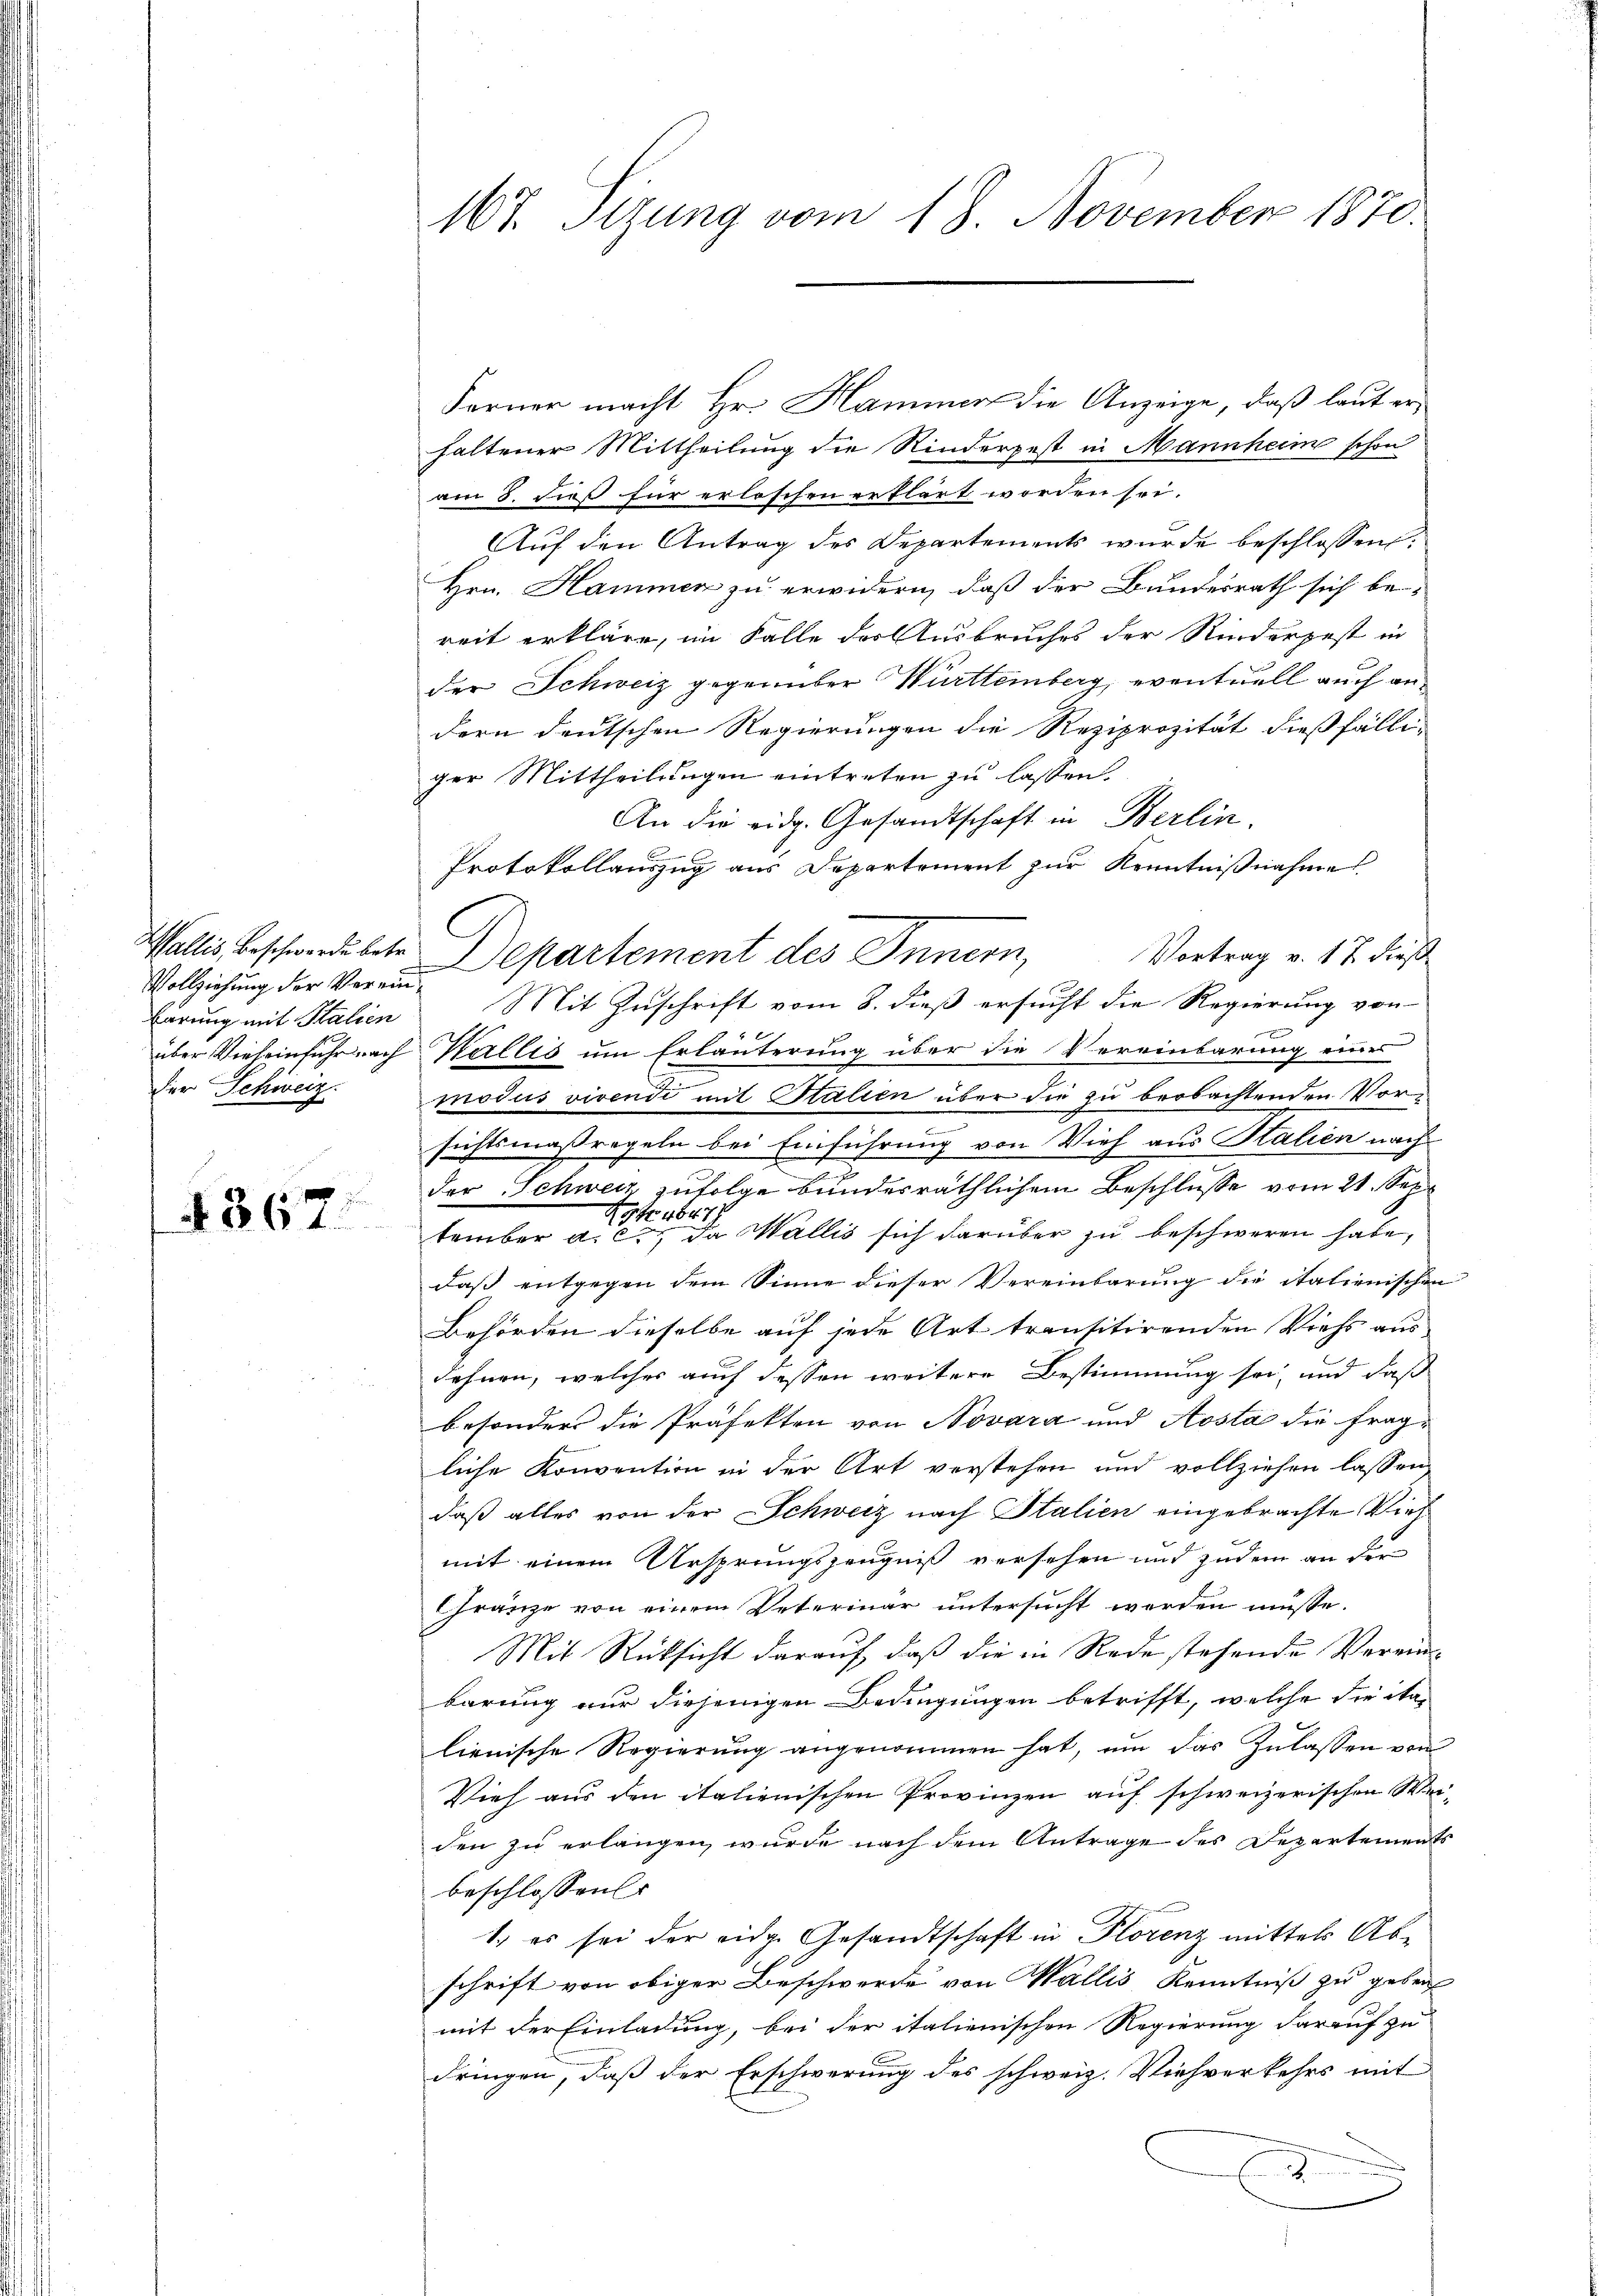
Vollziehung der Vereinbarung mit Salien
der Schweiz.

4367.

167. Sizung vom 18. November 1870.

Ferner macht Hr. Hammer die Anzeige, daß laut erhaltener Mittheilung die Kinderpest in Mannheim schon
am 8. dieß für erloschen erklärt worden sei.
Auf den Antrag des Departements wurde beschlossen:
Hrn. Hammen zu erwidern, daß der Bundesrath sich be-
reit erkläre, im Falle der Ausbruches der Rinderpest in
der Schweiz gegenüber Württemberg, eventuell auch andern deutschen Regierungen die Reziprozität dießfälli-
ger Mittheilungen eintreten zu lassen.
An die eidg. Gesandtschaft in Berlin.
Protokollauszug aus Departement zur Kenntnißnahmes
Wallis beschwerdebete Departement des Innern,
Vortrag v. 17. dieß
Mit Zuschrift vom 8. dieß ersucht die Regierung von
über Vieheinfuhr nach Wallis um Erläuterung über die Vereinbarung eines
modus vivendi mit Stalien über die zu beobachtenden Vorsichtsmaßregeln bei Einführung von Vieh aus Kalien nach
der Schweiz zufolge bundesräthlichem Beschlusse vom 21. Sep
tember a. c. da Wallis sich darüber zu beschweren habe,
daß entgegen dem Sinne dieser Vereinbarung die italienischen
Behörden dieselbe auf jede Art transitirenden Viehs aus
Fahnen, welches auch dessen weitere Bestimmung sei, und daß
besonders die Präfekten von Novara und Aosta die fragliche Konvention in der Art verstehen und vollziehen lassen
daß alles von der Schweiz nach Italien eingebrachte Vieh
mit einem Ursprungszeugniß versehen und zudem an der
Gränze von einem Veterinär untersucht worden müsse.
Mit Rücksicht darauf, daß die in Rede stehende Vereinbarung nur diejenigen Bedingungen betrifft, welche die ita
lienische Regierung angenommen hat, um das Zulassen von
Vieh aus den italienischen Provinzen auf schweizerischen Weiden zu erlangen, wurde nach dem Antrage des Departements
beschlossen
1. es sei der eidg. Gesandtschaft in Florenz mittels Abschrift von obiger Beschwerde von Wallis Kenntniß zu gebens
mit der Einladung, bei der italienischen Regierung darauf zu
dringen, daß der Erschwerung des schweiz. Viehverkehrs mit
2

9 4647x